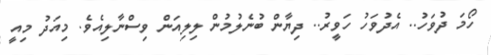
ހޯމަ ދުވަހު.. އެދުވަހު ހަވީރު.. ދިޔާން ބުނެލުމުން ލިލިއަން ވިސްނާލިއެވެ. މިއަދު މިއީ